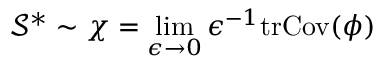
\mathcal { S } ^ { * } \sim \chi = \operatorname* { l i m } _ { \epsilon \to 0 } \epsilon ^ { - 1 } \mathrm { t r } \mathrm { C o v } ( \phi )